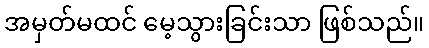
အမှတ်မထင် မေ့သွားခြင်းသာ ဖြစ်သည်။